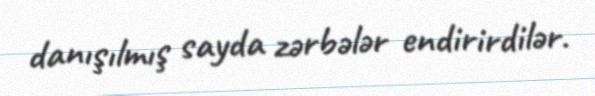
danışılmış sayda zərbələr endirirdilər.